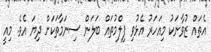
އެތައް ޒުވާނަކު މިއަހަރު އެޅުވި ފިލްމުތައް ބަލަން ސިނަމާތަކަށް ދިޔަ އެވެ. މިއީ